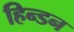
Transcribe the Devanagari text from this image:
हिन्‍डन